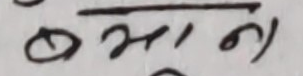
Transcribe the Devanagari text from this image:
बझाज